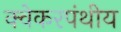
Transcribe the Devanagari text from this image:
क्वेकरपंथीय